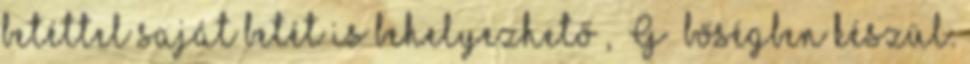
betéttel saját betét is behelyezhető , „G” bőségben készül.